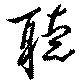
聴